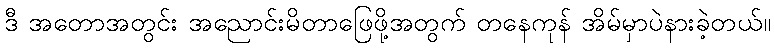
ဒီ အတောအတွင်း အညောင်းမိတာဖြေဖို့အတွက် တနေကုန် အိမ်မှာပဲနားခဲ့တယ်။